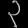
Digit: ၃